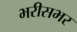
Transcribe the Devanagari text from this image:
भरीसभर